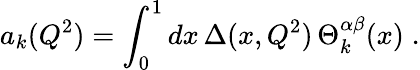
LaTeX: a_{k}(Q^{2})=\int_{0}^{1}dx\, \Delta(x,Q^{2})\, \Theta_{k}^{\alpha\beta}(x)\; .